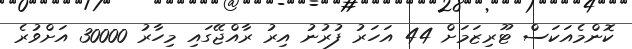
ކޮންމެއަކަސް ޓޫރިޒަމަށް 44 އަހަރު ފުރުނު އިރު ރާއްޖޭގައި މިހާރު 30000 އަށްވުރެ